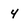
Character: 4